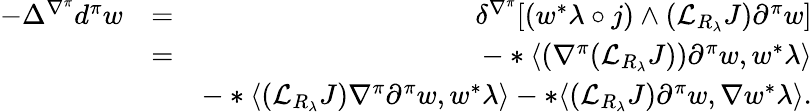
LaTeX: \begin{array}{rlr}{-\Delta^{\nabla^{\pi}}d^{\pi}w}&{=}&{\delta^{\nabla^{\pi}}[(w^{*}\lambda\circ j)\wedge({\mathcal L}_{R_{\lambda}}J)\partial^{\pi}w]}\\ &{=}&{-*\langle(\nabla^{\pi}({\mathcal L}_{R_{\lambda}}J))\partial^{\pi}w,w^{*}\lambda\rangle}\\ &{}&{-*\langle({\mathcal L}_{R_{\lambda}}J)\nabla^{\pi}\partial^{\pi}w,w^{*}\lambda\rangle-*\langle({\mathcal L}_{R_{\lambda}}J)\partial^{\pi}w,\nabla w^{*}\lambda\rangle.}\end{array}